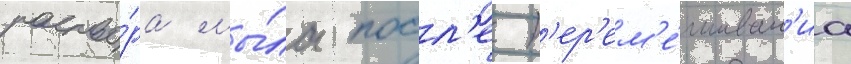
раство́ра мы́ла посл'е п'ер'ем'е́шиван'иа